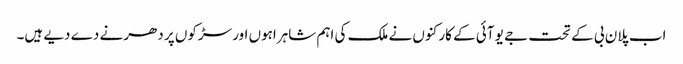
اب پلان بی کے تحت جے یو آئی کے کارکنوں نے ملک کی اہم شاہراہوں اور سڑکوں پر دھرنے دے دیے ہیں۔